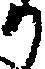
か